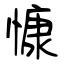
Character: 慷